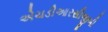
એચડીઆરસીજીબી